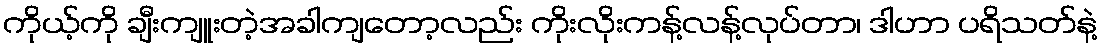
ကိုယ့်ကို ချီးကျူးတဲ့အခါကျတော့လည်း ကိုးလိုးကန့်လန့်လုပ်တာ၊ ဒါဟာ ပရိသတ်နဲ့